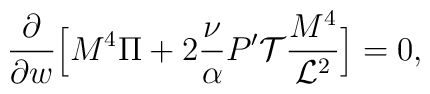
\frac{\partial}{\partial w} \Big[ M^4 \Pi + 2 \frac{\nu}{\alpha} P' {\cal T} \frac{M^4}{{\cal L}^2}\Big]=0,